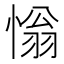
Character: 慃